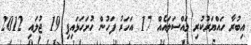
އިބުރާ ހައްޔަރުކުރި މައްސަލައެއް 17 އަހަރު ފަހުން ހުށަހަޅައިފި 19 ޖުލައި 2012